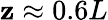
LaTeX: \mathbf{z}\approx0.6L